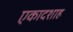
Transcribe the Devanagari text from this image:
एकादशाह